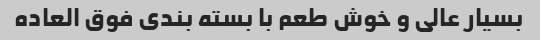
بسیار عالی و خوش طعم با بسته بندی فوق العاده